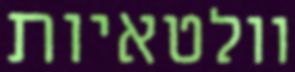
וולטאיות